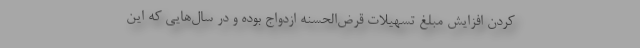
كردن افزايش مبلغ تسهيلات قرض‌الحسنه ازدواج بوده و در سال‌هايي كه اين